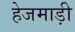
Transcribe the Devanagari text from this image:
हेजमाड़ी